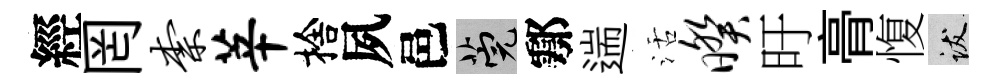
經罔柰莘捨夙邑筦鄠遄活暌旴𮌔愎跋